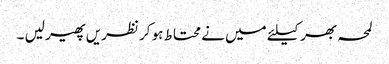
لمحہ بھر کیلئے میں نے محتاط ہو کر نظریں پھیر لیں ۔